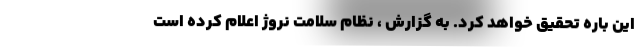
این باره تحقیق خواهد کرد. به گزارش ، نظام سلامت نروژ اعلام کرده است